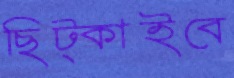
ছিট্‌কাইবে